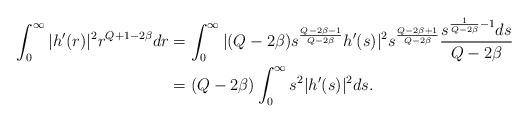
LaTeX: \begin{align*}\int^{\infty}_{0}|h'(r)|^{2}r^{Q+1-2\beta}dr&=\int^{\infty}_{0}|(Q-2\beta)s^{\frac{Q-2\beta-1}{Q-2\beta}}h'(s)|^{2}s^{\frac{Q-2\beta+1}{Q-2\beta}}\frac{s^{\frac{1}{Q-2\beta}-1}ds}{Q-2\beta}\\&=(Q-2\beta)\int^{\infty}_{0}s^{2}|h'(s)|^{2}ds.\end{align*}